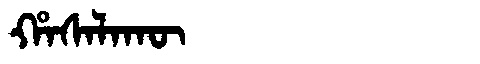
Manchu: ᡥᠠᠰᠠᠯᠠᡴᡡ
Romanization: HASALAKŪ